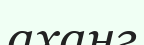
аханг